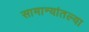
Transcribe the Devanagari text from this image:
सामान्यांतल्या